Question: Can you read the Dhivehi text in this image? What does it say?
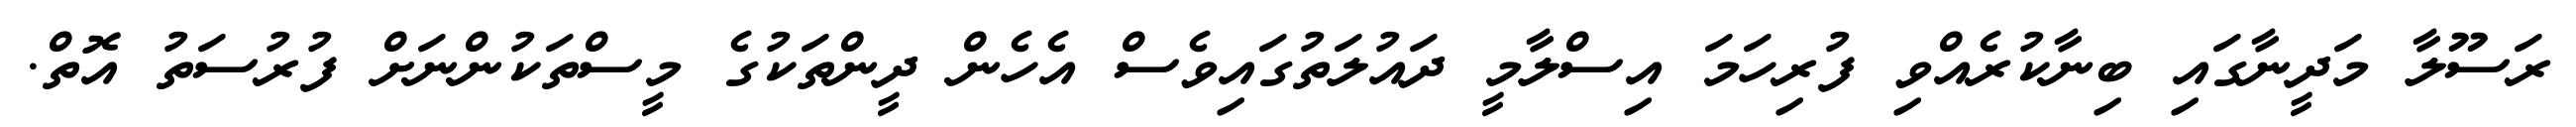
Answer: ރަސޫލާ މަދީނާގައި ބިނާކުރެއްވި ފުރިހަމަ އިސްލާމީ ދައުލަތުގައިވެސް އެހެން ދީންތަކުގެ މީސްތަކުންނަށް ފުރުސަތު އޮތް.